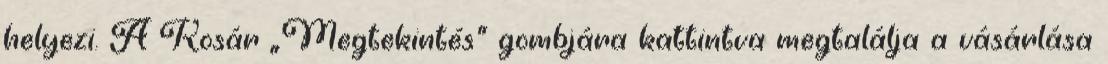
helyezi. A Kosár „Megtekintés” gombjára kattintva megtalálja a vásárlása